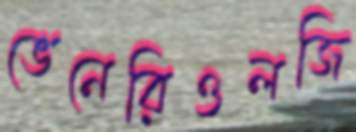
ভেনেরিওলজি